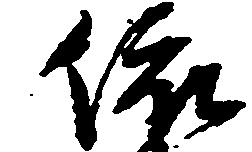
依